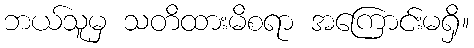
ဘယ်သူမှ သတိထားမိစရာ အကြောင်းမရှိ။